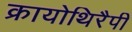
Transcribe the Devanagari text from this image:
क्रायोथिरैपी